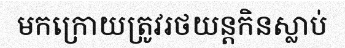
មកក្រោយត្រូវរថយន្តកិនស្លាប់